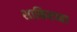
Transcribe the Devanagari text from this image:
शाकिरच्या